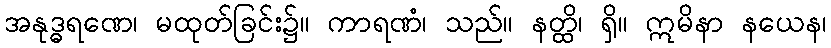
အနုဒ္ဓရဏေ၊ မထုတ်ခြင်း၌။ ကာရဏံ၊ သည်။ နတ္ထိ၊ ရှိ။ ဣမိနာ နယေန၊